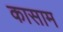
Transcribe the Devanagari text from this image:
कासाम